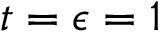
t = \epsilon = 1